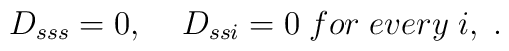
D_{sss}=0,\;\;\;\;D_{ssi} =0\; for\;every\;i,\;.